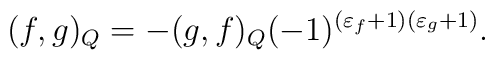
(f,g)_{Q}=-(g,f)_{Q}(-1)^{(\varepsilon_{f}+1)(\varepsilon_{g}+1)}.